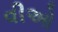
વીઓ